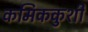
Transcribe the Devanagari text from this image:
कमिककुशी